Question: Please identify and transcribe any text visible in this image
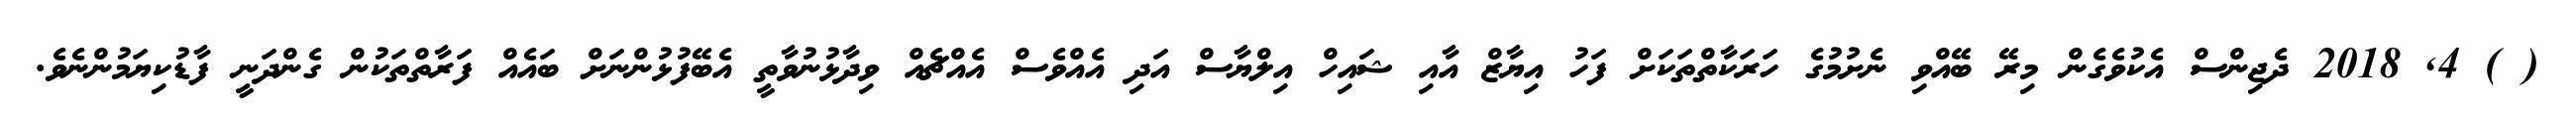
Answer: ( ) 4, 2018 ދެޖިންސް އެކުވެގެން މިރޭ ބޭއްވި ނެށުމުގެ ހަރަކާތްތަކަށް ފަހު އިޔާޒް އާއި ޝައިހް އިލްޔާސް އަދި އެއްވެސް އެއްޗެއް ވިދާޅުނުވާތީ އެބޭފުޅުންނަށް ބައެއް ފަރާތްތަކުން ގެންދަނީ ފާޑުކިޔަމުންނެވެ.